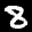
Label: 8